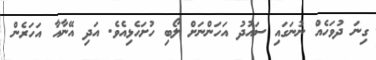
ގިނަ ދުވަހެއް ނުނަގައި ސައުދު އަހަންނަށް ލޯބި ހުށަހެޅިއެވެ. އަދި އޭނާއާ އަހަރެން